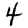
Digit: 4